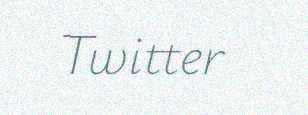
Twitter